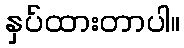
နှပ်ထားတာပါ။